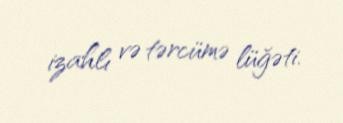
izahlı və tərcümə lüğəti.